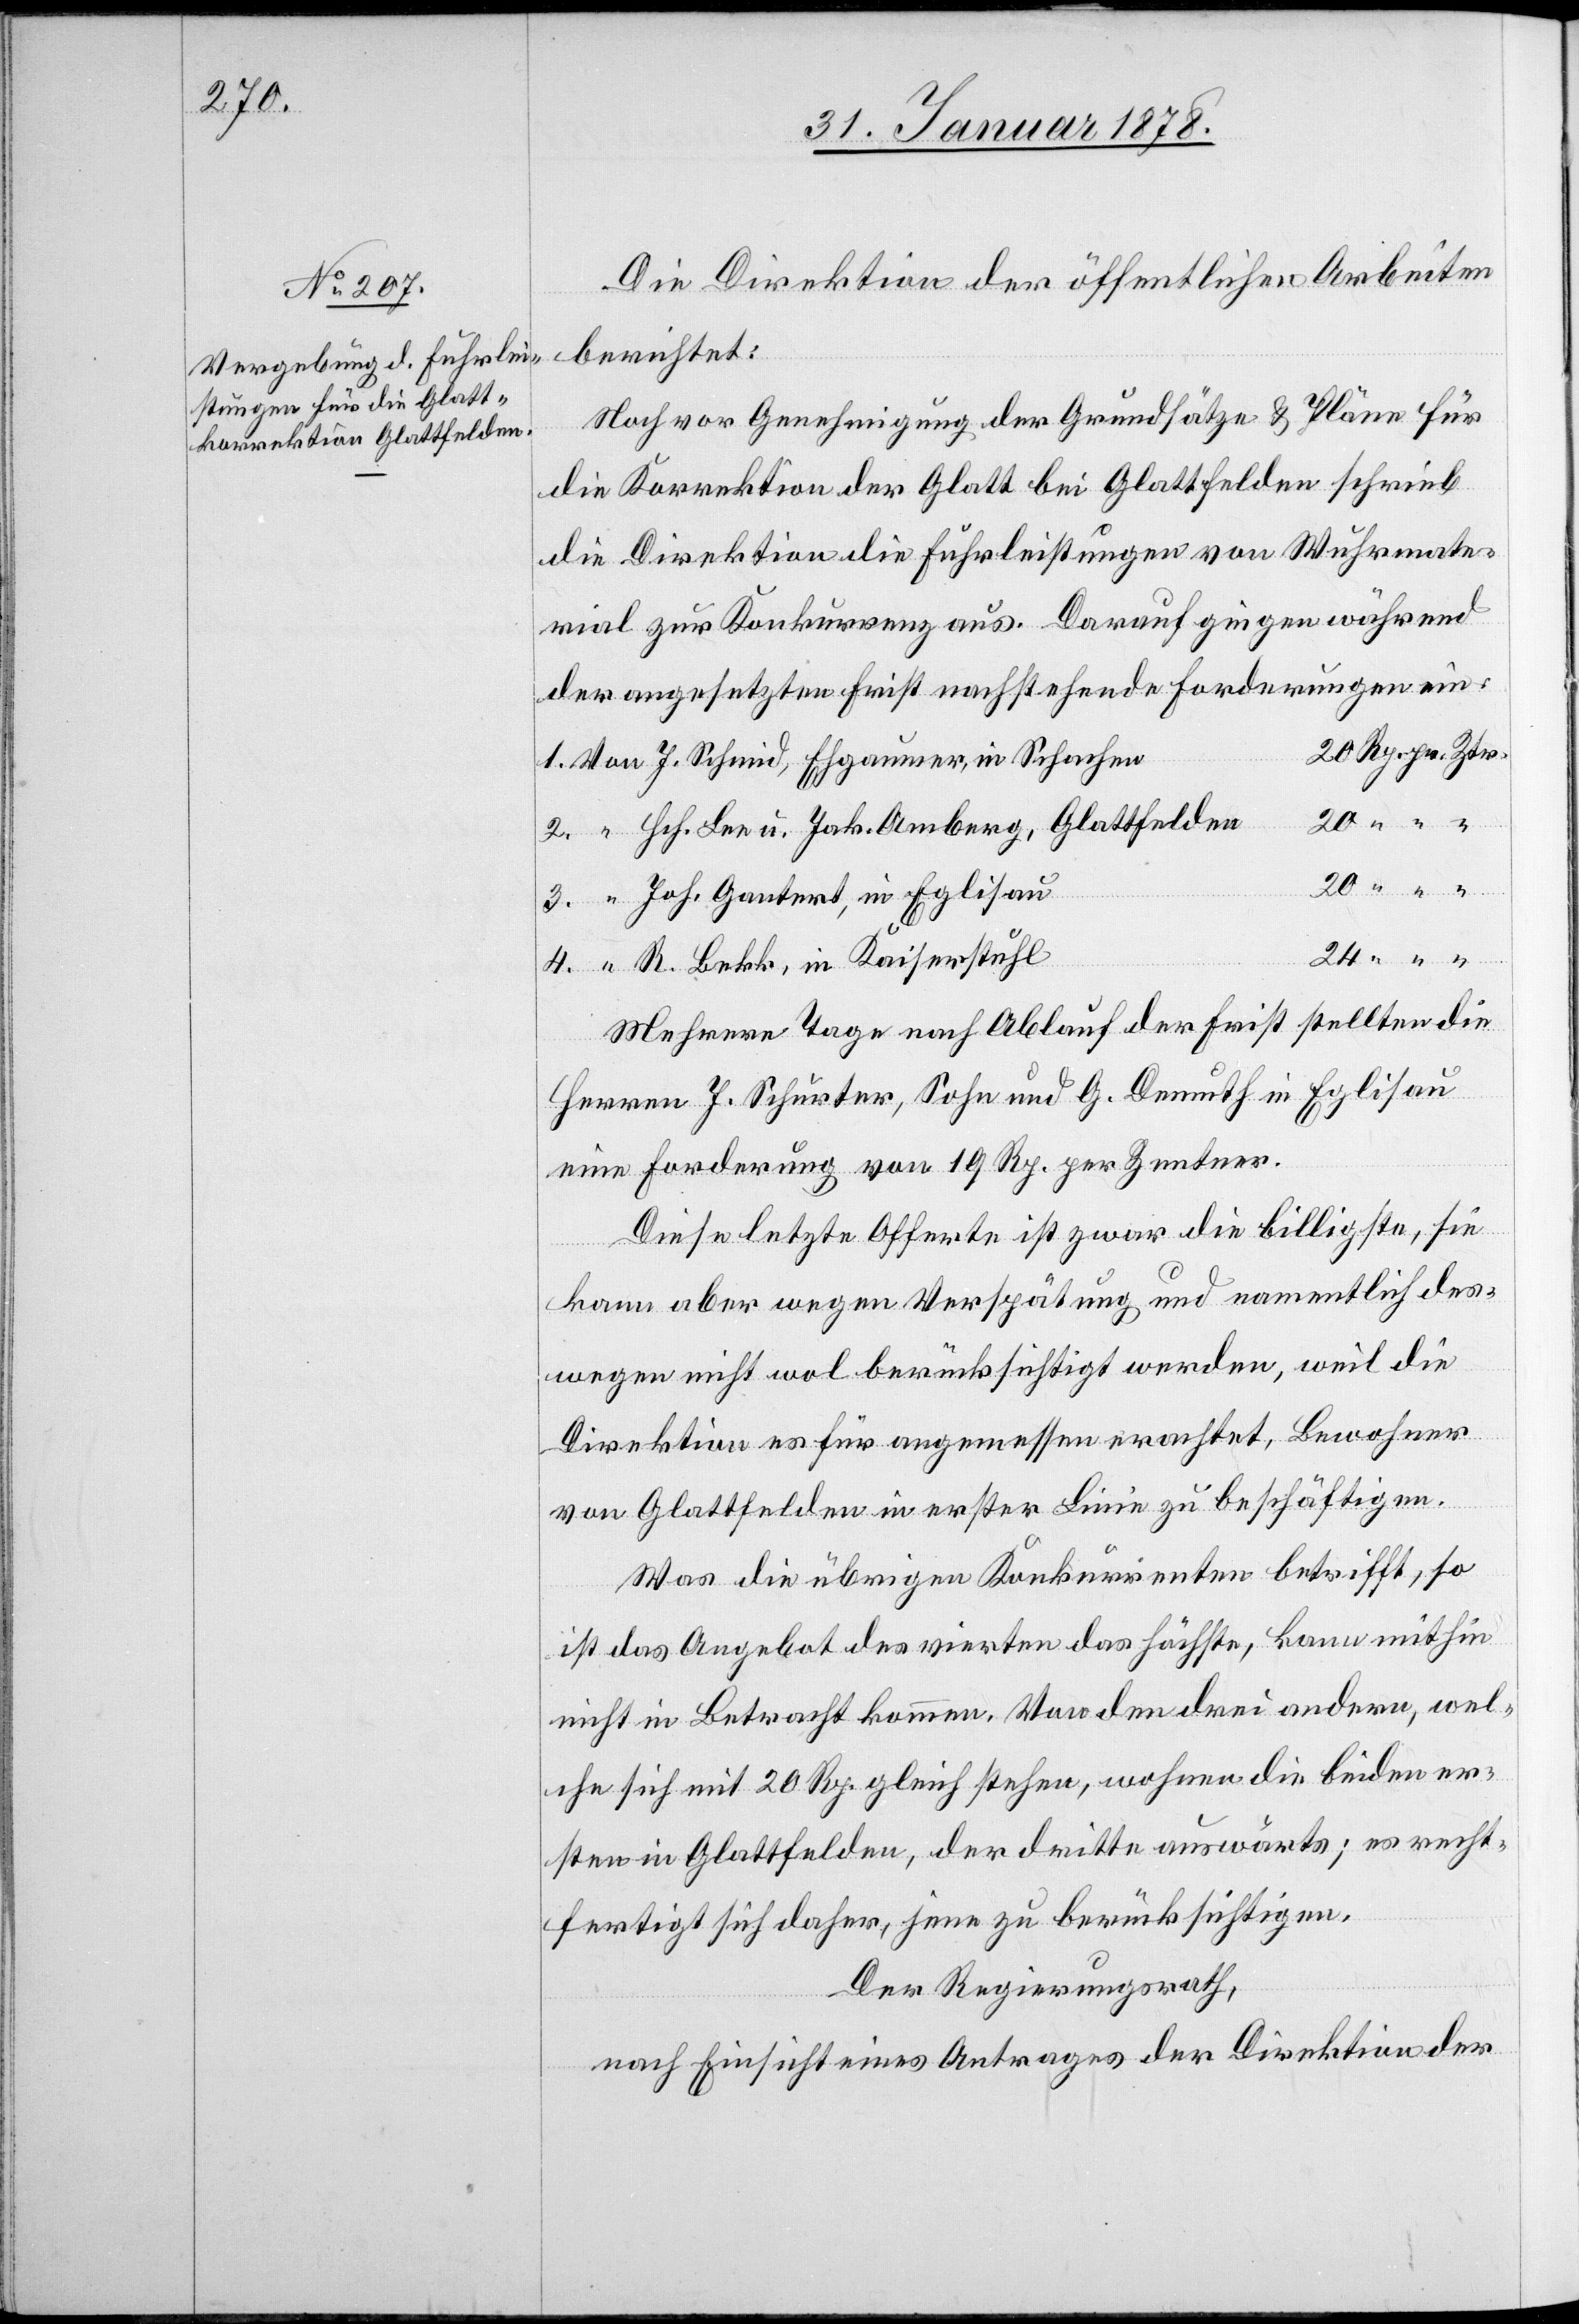
Die Direktion der öffentlichen Arbeiten
berichtet:
Noch vor Genehmigung der Grundsätze & Pläne für
die Korrektion der Glatt bei Glattfelden schrieb
die Direktion die Fuhrleistungen von Wuhrmate¬
rial zur Konkurrenz aus. Darauf gingen während
der angesetzten Frist nachstehende Forderungen ein:
20 Rp. pr. Ztr.
1. Von J. Schmid, Ehgaumer, in Schachen
2. “ Hch. Lee u. Jak. Amberg, Glattfelden
20 “ “ “
3. “ Joh. Gantert, in Eglisau
4. “ R. Bekk, in Kaiserstuhl
Mehrere Tage nach Ablauf der Frist stellten die
Herren J. Schurter, Sohn und G. Demuth in Eglisau
eine Forderung von 19 Rp. per Zentner.
Diese letzte Offerte ist zwar die billigste, sie
kann aber wegen Verspätung und namentlich des¬
wegen nicht wol berücksichtigt werden, weil die
Direktion es für angemessen erachtet, Bewohner
von Glattfelden in erster Linie zu beschäftigen.
Was die übrigen Konkurrenten betrifft, so
ist das Angebot des vierten das höchste, kann mithin
nicht in Betracht kommen. Von den drei andern, wel¬
che sich mit 20 Rp. gleich stehen, wohnen die beiden er¬
sten in Glattfelden, der dritte auswärts; es recht¬
fertigt sich daher, jene zu berücksichtigen.
Der Regierungsrath,
nach Einsicht eines Antrages der Direktion der